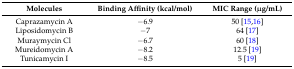
<table><thead><tr><td><b>Molecules</b></td><td><b>Binding Affinity (kcal/mol)</b></td><td><b>MIC Range (μg/mL)</b></td></tr></thead><tbody><tr><td>Caprazamycin A</td><td>−6.9</td><td>50 [15,16]</td></tr><tr><td>Liposidomycin B</td><td>−7</td><td>64 [17]</td></tr><tr><td>Muraymycin Cl</td><td>−6.7</td><td>60 [18]</td></tr><tr><td>Mureidomycin A</td><td>−8.2</td><td>12.5 [19]</td></tr><tr><td>Tunicamycin I</td><td>−8.5</td><td>5 [19]</td></tr></tbody></table>